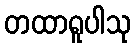
တထာရူပါသု